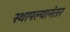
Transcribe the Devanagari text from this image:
स्थापल्यानंतर